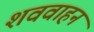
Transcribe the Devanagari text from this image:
शववाहन